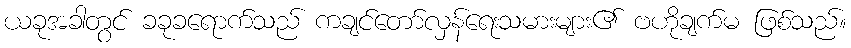
ယခုအခါတွင် ခခုခရောက်သည် ကချင်တော်လှန်ရေးသမားများ၏ ဗဟိုချက်မ ဖြစ်သည်။